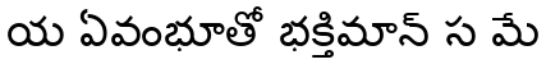
య ఏవంభూతో భక్తిమాన్ స మే